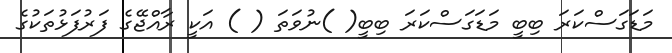
މަޑަގަސްކަރަ ބިބީ މަޑަގަސްކަރަ ބިބީ( )ނުވަތަ ( ) އަކީ ރާއްޖޭގެ ފަރުފަޅުތަކުގެ